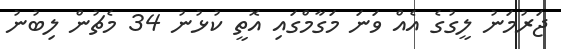
ޖަރުމަނު ލީގުގެ އެއް ވަނަ މަގާމްގައި އޮތީ ކުޅުނު 34 މެޗުން ލިބުނު